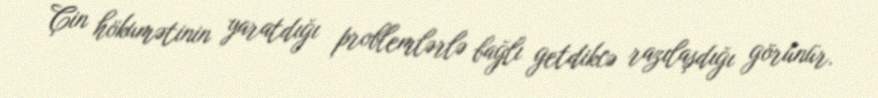
Çin hökumətinin yaratdığı problemlərlə bağlı getdikcə razılaşdığı görünür.